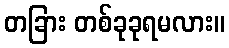
တခြား တစ်ခုခုရမလား။